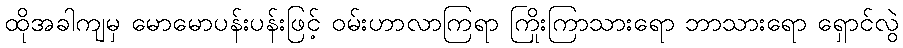
ထိုအခါကျမှ မောမောပန်းပန်းဖြင့် ဝမ်းဟာလာကြရာ ကြိုးကြာသားရော ဘာသားရော ရှောင်လွဲ